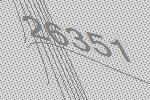
26351